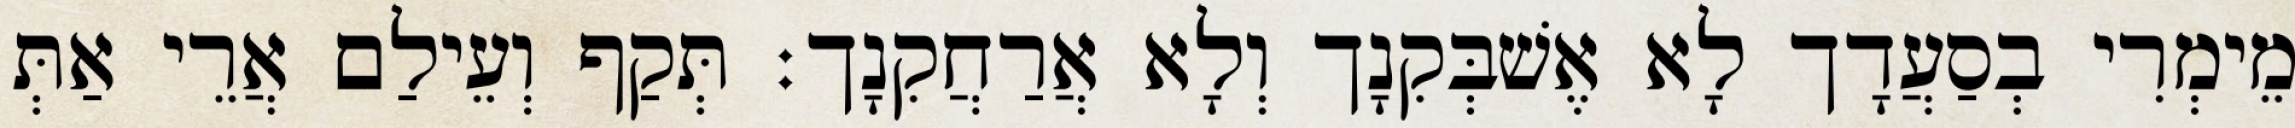
מֵימְרִי בְסַעֲדָך לָא אֶשׁבְּקִנָך וְלָא אֲרַחֲקִנָך׃ תְּקַף וְעֵילַם אֲרֵי אַתְּ